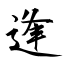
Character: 逢